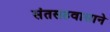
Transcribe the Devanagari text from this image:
संतसहवासाने